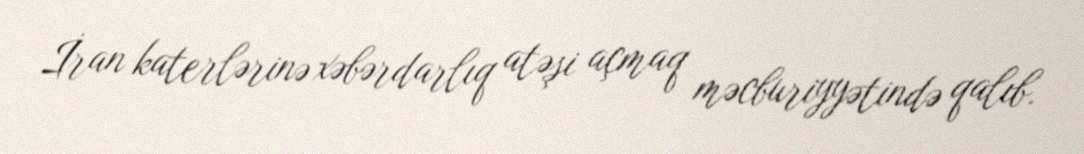
İran katerlərinə xəbərdarlıq atəşi açmaq məcburiyyətində qalıb.